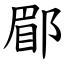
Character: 郿